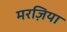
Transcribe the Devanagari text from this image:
मरज़िया